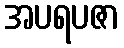
အပရပဇာ